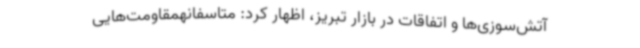
آتش‌سوزی‌ها و اتفاقات در بازار تبریز، اظهار کرد: متاسفانهمقاومت‌هایی